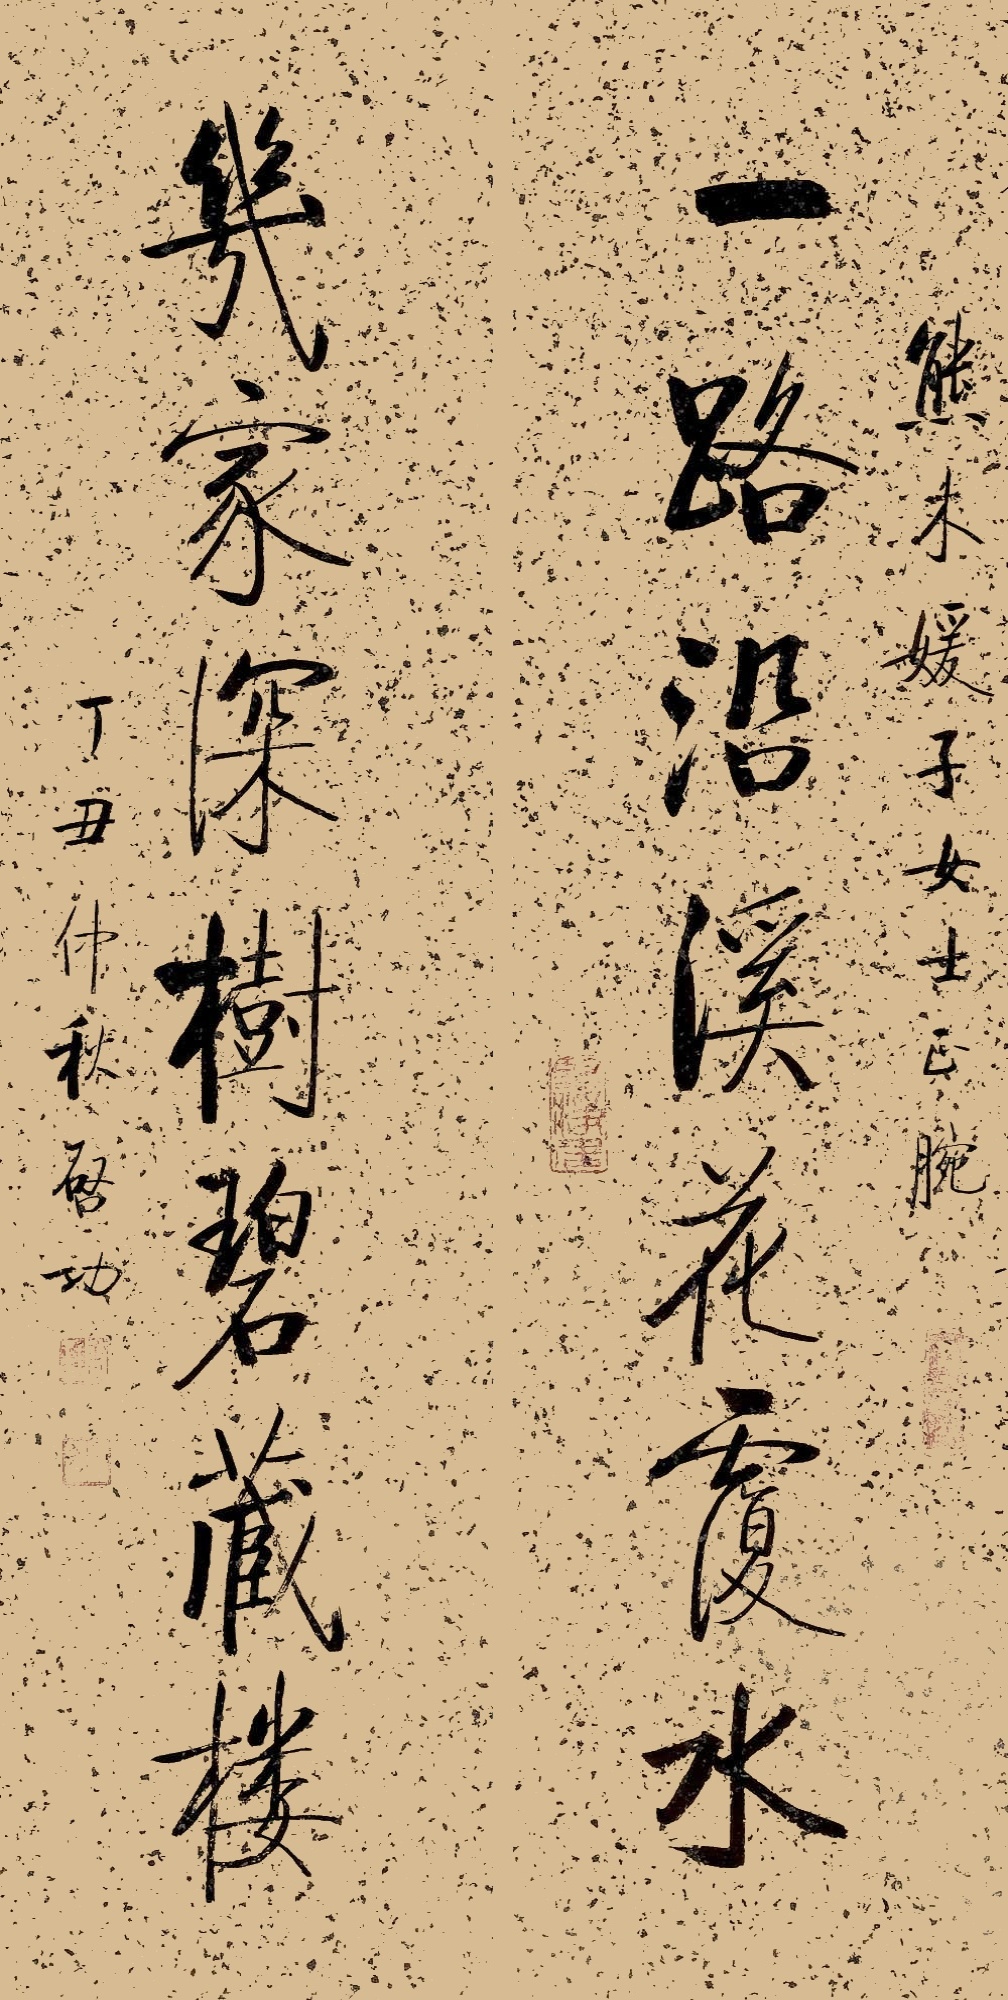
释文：一路沿溪花覆水；几家深树碧藏楼。熊木媛子女士正腕，丁丑（1997年）仲秋，启功。